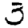
Digit: 3